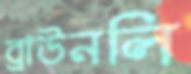
ব্রাউনলি